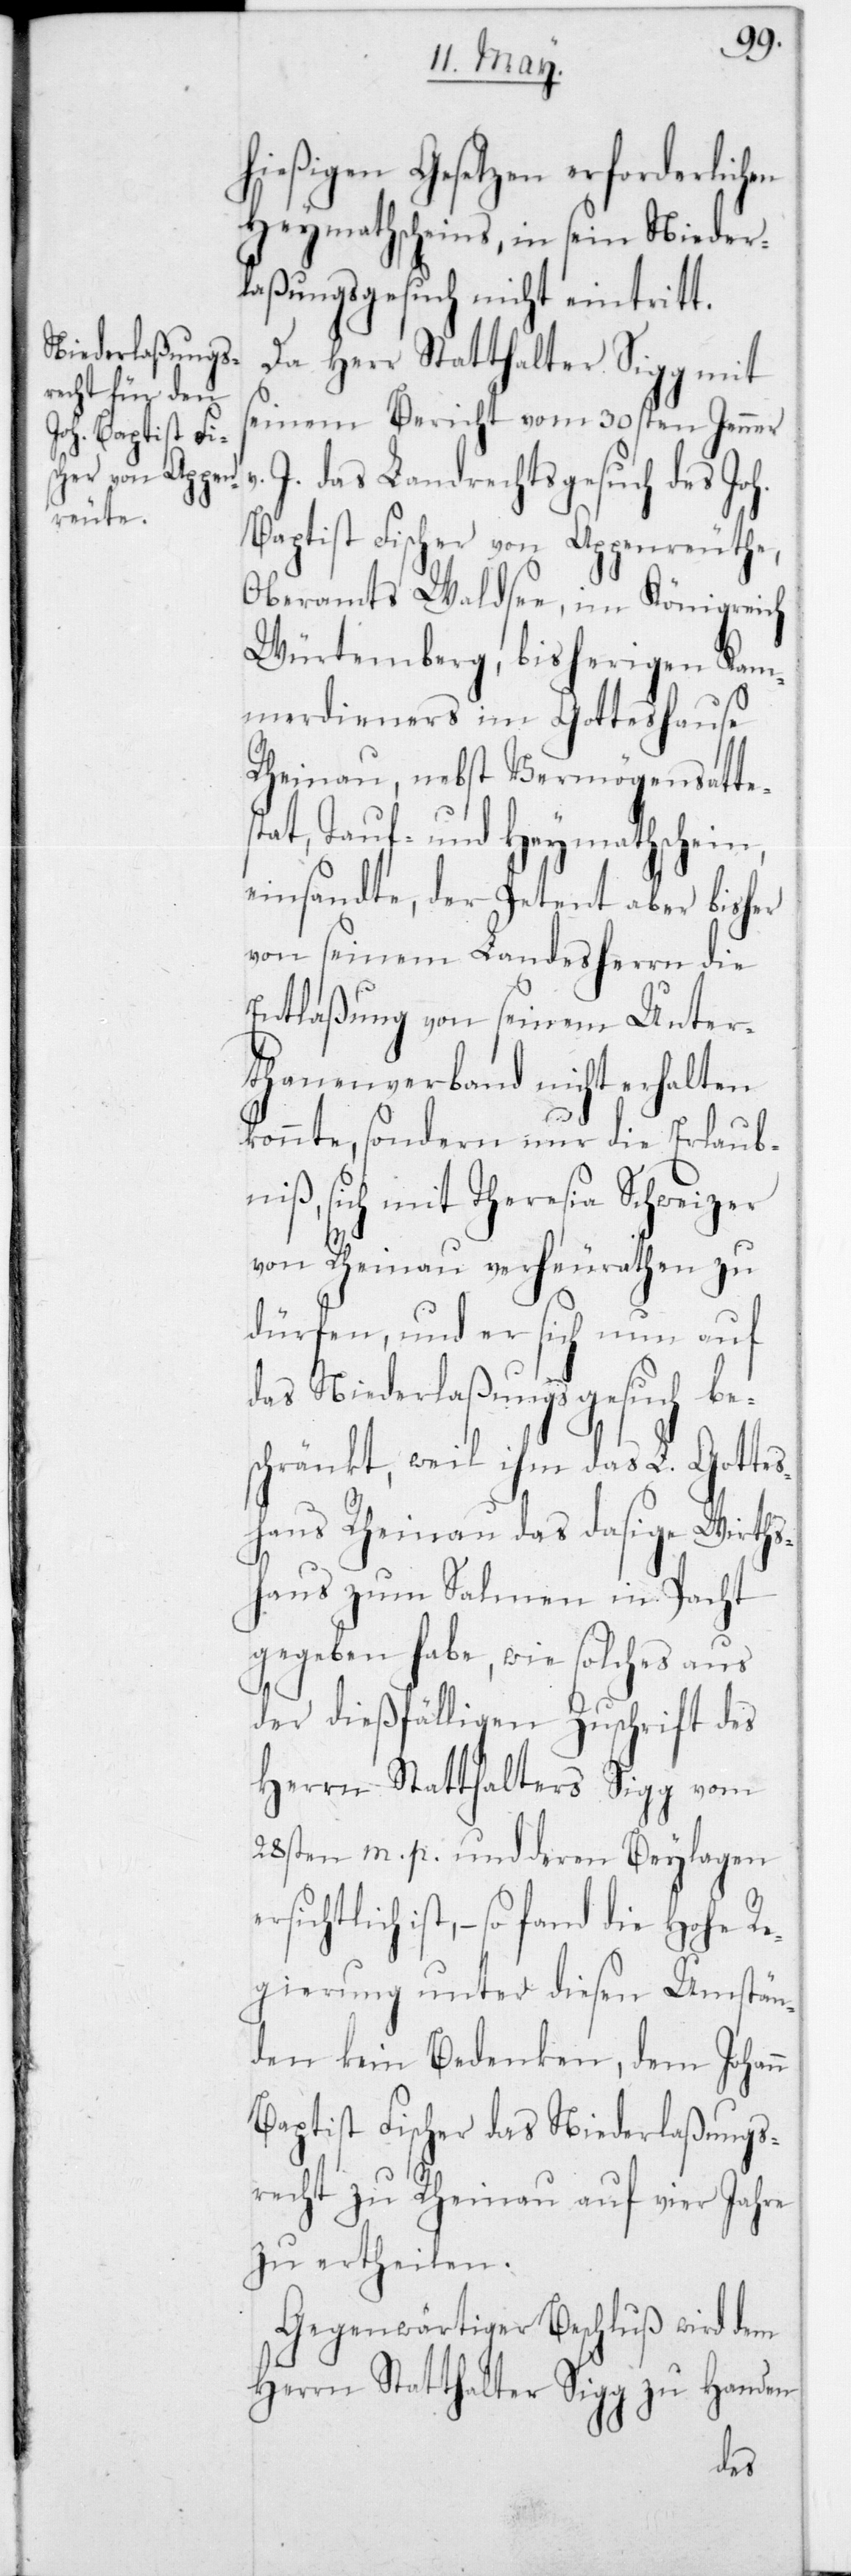
hießigen Gesetzen erforderlichen
Heymathscheins, in sein Nieder¬
laßungsgesuch nicht eintritt.
Da Herr Statthalter Sigg mit
seinem Bericht vom 30sten Jenner
J. das Landrechtsgesuch des Joh.
Baptist Fischer von Appenreuthe
Oberamts Waldsee, im Königreich
Würtemberg, bisherigen Kam¬
merdieners im Gotteshause
Rheinau, nebst Vermögensattes¬
tat, Tauf- und Heymathschein,
einsandte, der Petent aber bisher
von seinem Landesherrn die
Entlaßung von seinem Unter¬
thanenverband nicht erhalten
konnte, sondern nur die Erlaub¬
niß, sich mit Theresia Schweizer
von Rheinau verheurathen zu
dürfen, und er sich nun auf
das Niederlaßungs-Gesuch bes¬
chränkt, weil ihm das L. Gottes¬
haus Rheinau das dasige Wirths¬
haus zum Salmen in Pacht
gegeben habe, wie solches aus
der dießfälligen Zuschrift des
Herrn Statthalters Sigg vom
28sten m. p. und deren Beylagen e¬
rsichtlich ist, so fand die Hohe Re¬
gierung unter diesen Umstän¬
den kein Bedenken, dem Johann
Baptist Fischer das Niederlaßungs¬
recht zu Rheinau auf vier Jahre
zu ertheilen.
Gegenwärtiger Beschluß wird dem
Herrn Statthalter Sigg zu Handen